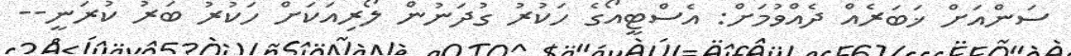
ސަންއަށް ޚަބަރެއް ދެއްވުމަށް: އެސްޓީއޯގެ ހަކުރު ގުދަނުން ލޯރިއަކަށް ހަކުރު ބަރު ކުރަނީ--